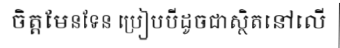
ចិត្តមែនទែន ប្រៀបបីដូចជាស្ថិតនៅលើ